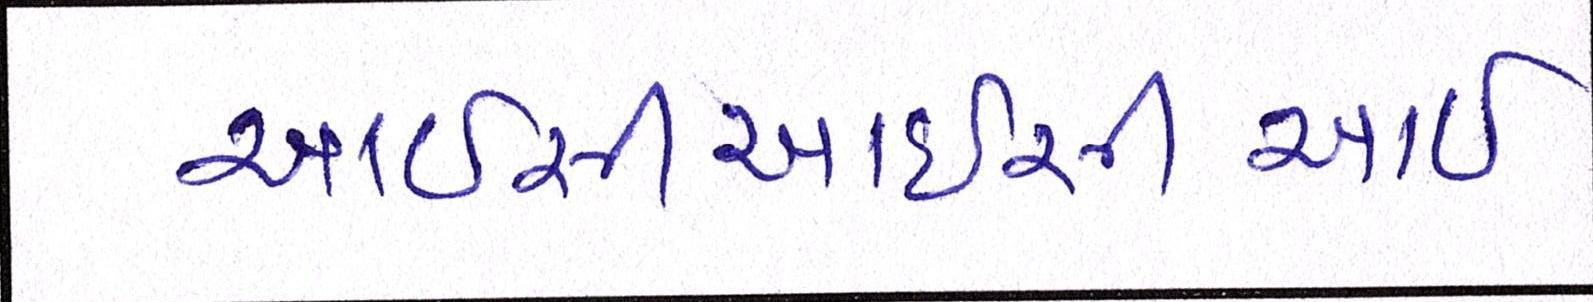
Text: આઇસીઆઇસીઆઇ